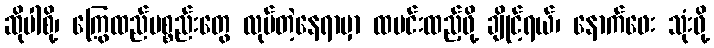
ဆိုပါစို့၊ ကြွေထည်ပစ္စည်းတွေ လုပ်တဲ့နေရာမှာ ထမင်းထည့်ဖို့ ချိုင့်ရယ်၊ နောက်ဖေး သုံးဖို့